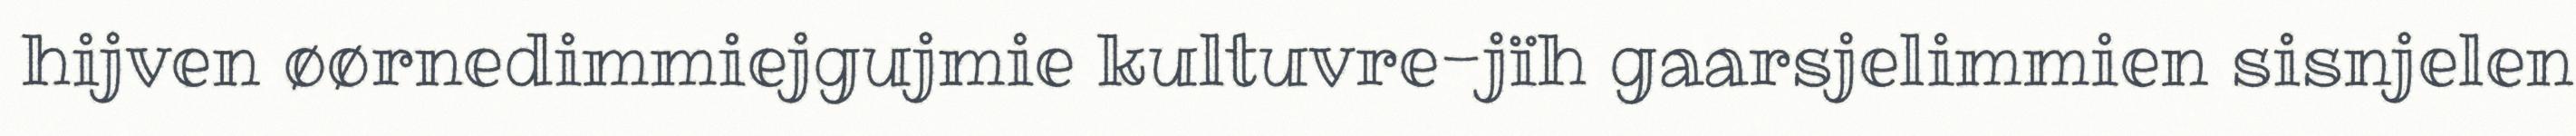
hijven øørnedimmiejgujmie kultuvre-jïh gaarsjelimmien sisnjelen